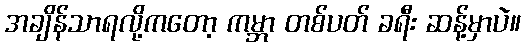
အချိန်သာရလို့ကတော့ ကမ္ဘာ တစ်ပတ် ခရီး ဆန့်မှာပဲ။